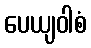
ပေယျဝါစံ